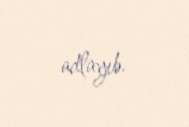
adlayıb.